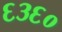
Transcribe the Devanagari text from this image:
६३६०